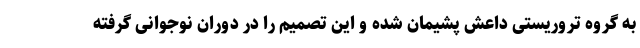
به گروه تروریستی داعش پشیمان شده و این تصمیم را در دوران نوجوانی گرفته